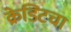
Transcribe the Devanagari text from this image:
क्रेडिटचा